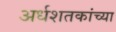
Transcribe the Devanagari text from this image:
अर्धशतकांच्या